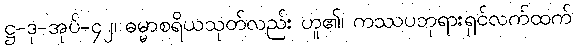
ဋ္ဌ-ဒု-အုပ်-၄၂၊ ဓမ္မာစရိယသုတ်လည်း ဟူ၏၊ ကဿပဘုရားရှင်လက်ထက်